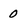
Character: 0